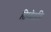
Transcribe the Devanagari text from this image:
तिम्बेर्लाके